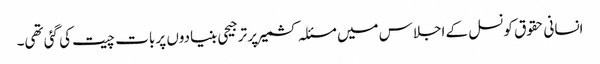
انسانی حقوق کونسل کے اجلاس میں مسئلہ کشمیر پر ترجیحی بنیادوں پر بات چیت کی گئی تھی۔